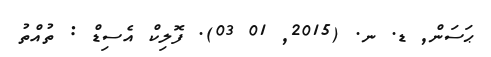
ޙަސަން